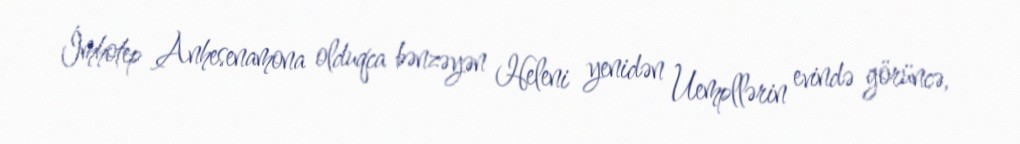
İmhotep Anhesenamona olduqca bənzəyən Heleni yenidən Uempllərin evində görüncə,